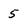
Character: 5